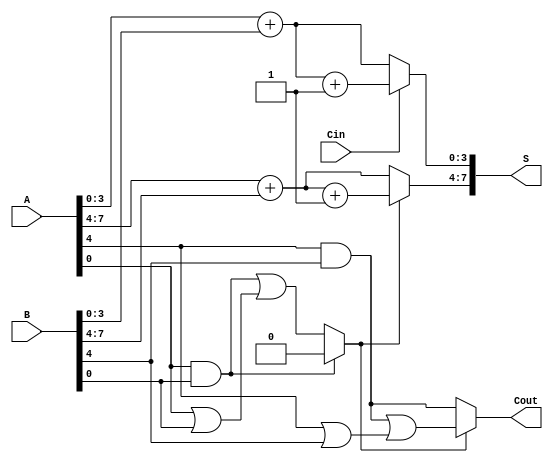
module StaticCarrySelectAdder #(parameter n = 8, parameter m = 4) (
    input [n-1:0] A,
    input [n-1:0] B,
    input Cin,
    output [n-1:0] S,
    output Cout
);
    // Number of segments
    localparam num_segments = n / m;

    // Intermediate signals
    wire [n-1:0] sum_0 [0:num_segments-1]; // Sums for Cin = 0
    wire [n-1:0] sum_1 [0:num_segments-1]; // Sums for Cin = 1
    wire [num_segments-1:0] carry_0;         // Carry outs for Cin = 0
    wire [num_segments-1:0] carry_1;         // Carry outs for Cin = 1
    wire [num_segments-1:0] carry_in;        // Carry in for each segment
    wire [n-1:0] final_sum_0;                // Final sum when Cin = 0
    wire [n-1:0] final_sum_1;                // Final sum when Cin = 1

    // Generate the segments
    genvar i;
    generate
        for (i = 0; i < num_segments; i = i + 1) begin : segment
            // Calculate index for slicing A and B
            wire [m-1:0] A_seg = A[m*i +: m];
            wire [m-1:0] B_seg = B[m*i +: m];
            
            // Half adder for sum with Cin = 0
            assign sum_0[i] = A_seg + B_seg;
            // Half adder for sum with Cin = 1
            assign sum_1[i] = A_seg + B_seg + 1'b1;

            // Carry out calculation for Cin = 0
            assign carry_0[i] = (A_seg & B_seg) | (A_seg & 1'b0) | (B_seg & 1'b0);
            // Carry out calculation for Cin = 1
            assign carry_1[i] = (A_seg & B_seg) | ((A_seg | B_seg) & 1'b1);
        end
    endgenerate

    // Generate carry ins for segments
    assign carry_in[0] = Cin;
    generate
        for (i = 1; i < num_segments; i = i + 1) begin : carry_gen
            assign carry_in[i] = carry_0[i-1] ? 1'b0 : carry_1[i-1];
        end
    endgenerate

    // Select final sum and carry out based on carry_in
    generate
        for (i = 0; i < num_segments; i = i + 1) begin : final_sum
            assign S[m*i +: m] = carry_in[i] ? sum_1[i] : sum_0[i];
        end
    endgenerate

    // Final carry out
    assign Cout = carry_in[num_segments-1] ? carry_1[num_segments-1] : carry_0[num_segments-1];

endmodule